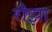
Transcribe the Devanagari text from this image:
रौझा